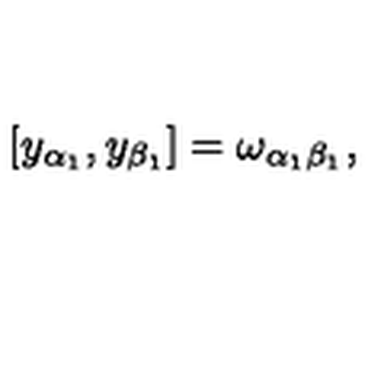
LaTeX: \left[ y _ { \alpha _ { 1 } } , y _ { \beta _ { 1 } } \right] = \omega _ { \alpha _ { 1 } \beta _ { 1 } } ,